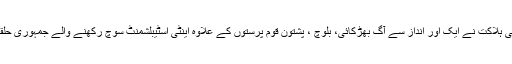
نواب اکبر بگٹی کی ہلاکت نے ایک اور انداز سے آگ بھڑکائی، بلوچ ، پشتون قوم پرستوں کے علاوہ اینٹی اسٹیبلشمنٹ سوچ رکھنے والے جمہوری حلقے بھی خفا ہوئے۔